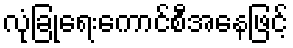
လုံခြုံရေးကောင်စီအနေဖြင့်